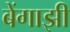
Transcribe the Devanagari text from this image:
बेंगाझी